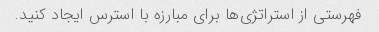
فهرستی از استراتژی‌ها برای مبارزه با استرس ایجاد کنید.